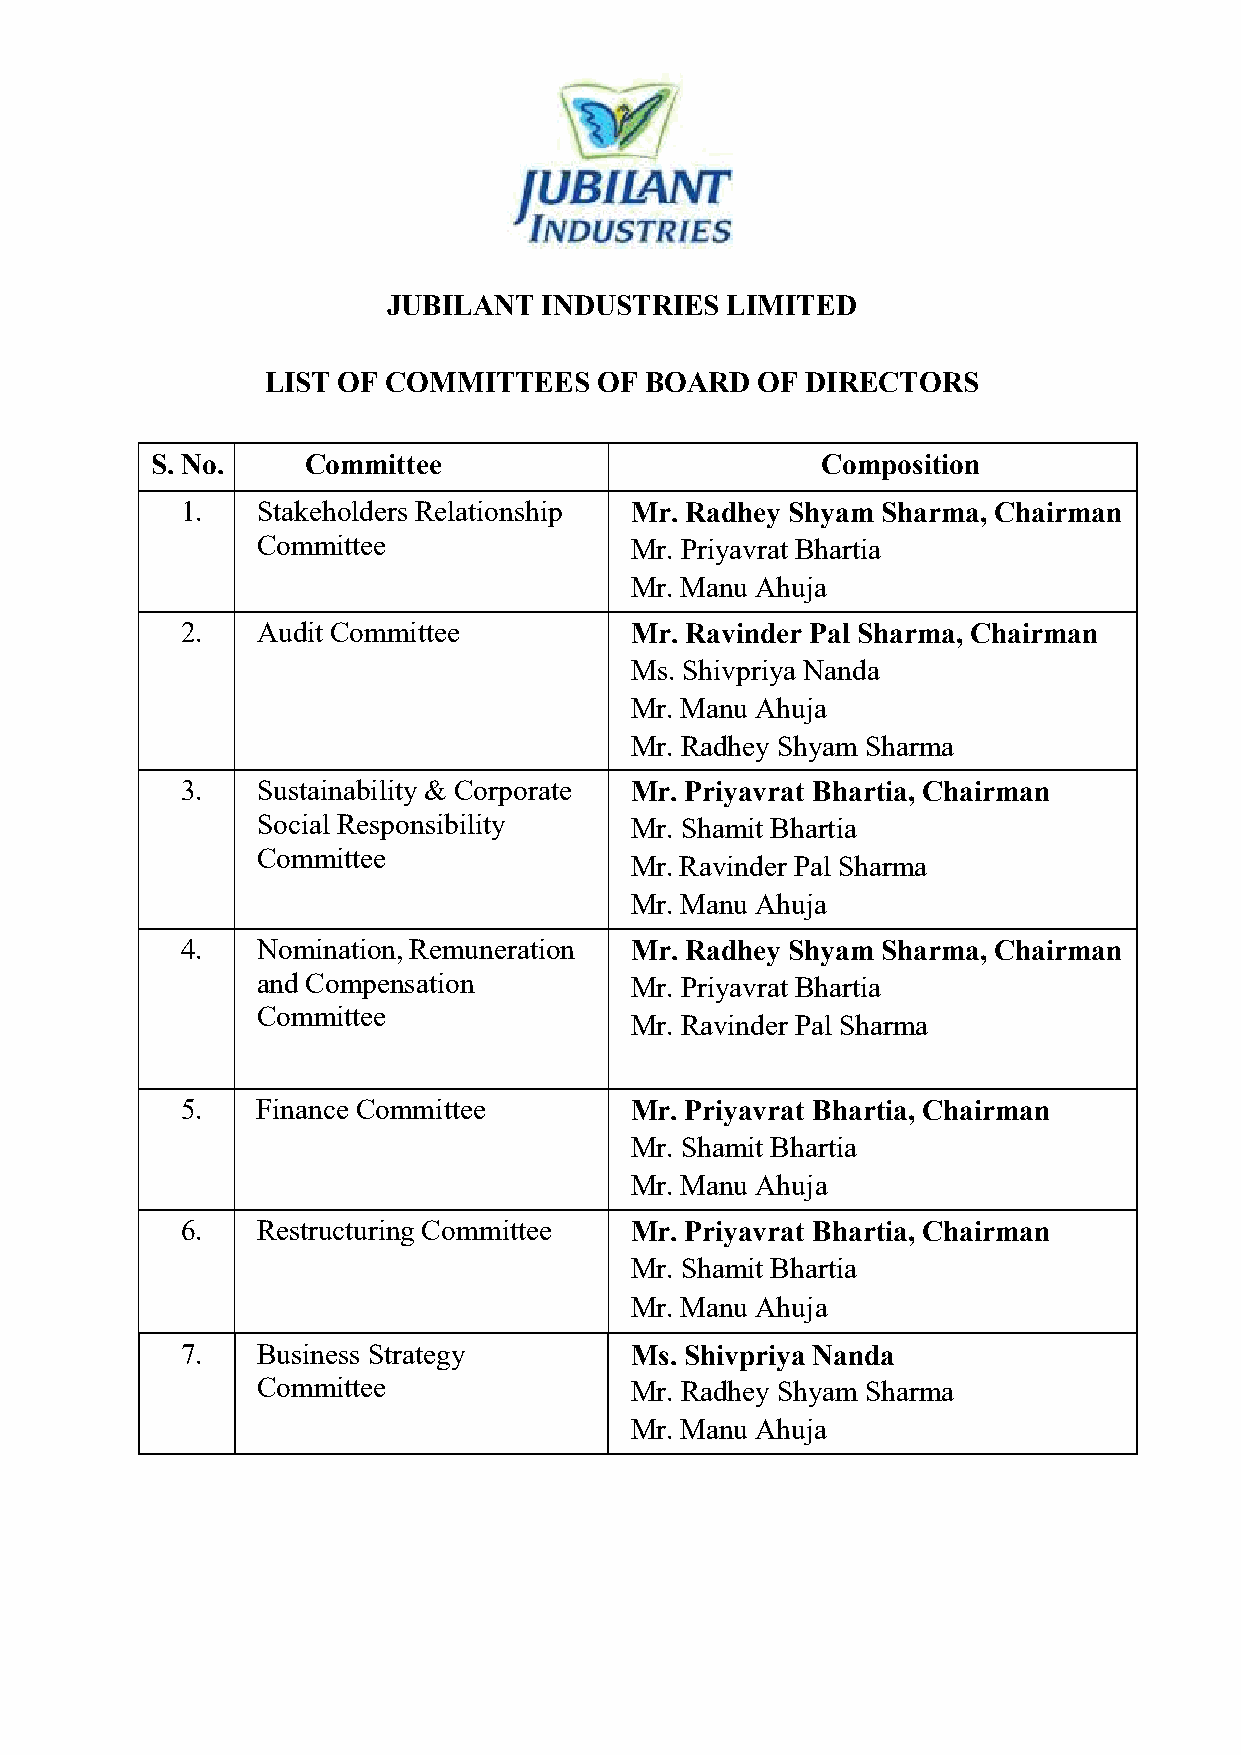
JUBILANT  INDUSTRIES  LIMITED
 LIST OF COMMITTEES    OF BOARD  OF DIRECTORS
 S. No.    Committee                         Composition
 1.   Stakeholders Relationship Mr. Radhey Shyam Sharma, Chairman
 Committee                Mr. Priyavrat Bhartia
 Mr. Manu Ahuja
 2.   Audit Committee          Mr. Ravinder Pal Sharma, Chairman
 Ms. Shivpriya Nanda
 Mr. Manu Ahuja
 Mr. Radhey Shyam Sharma
 3.   Sustainability & Corporate Mr. Priyavrat Bhartia, Chairman
 Social Responsibility    Mr. Shamit Bhartia
 Committee
 Mr. Ravinder Pal Sharma
 Mr. Manu Ahuja
 4.   Nomination, Remuneration Mr. Radhey Shyam Sharma, Chairman
 and Compensation         Mr. Priyavrat Bhartia
 Committee
 Mr. Ravinder Pal Sharma
 5.   Finance Committee        Mr. Priyavrat Bhartia, Chairman
 Mr. Shamit Bhartia
 Mr. Manu Ahuja
 6.   Restructuring Committee  Mr. Priyavrat Bhartia, Chairman
 Mr. Shamit Bhartia
 Mr. Manu Ahuja
 7.   Business Strategy        Ms. Shivpriya Nanda
 Committee                Mr. Radhey Shyam Sharma
 Mr. Manu Ahuja